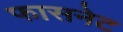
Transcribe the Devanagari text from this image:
फासनेट